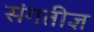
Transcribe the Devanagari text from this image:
संगतीज्ञ